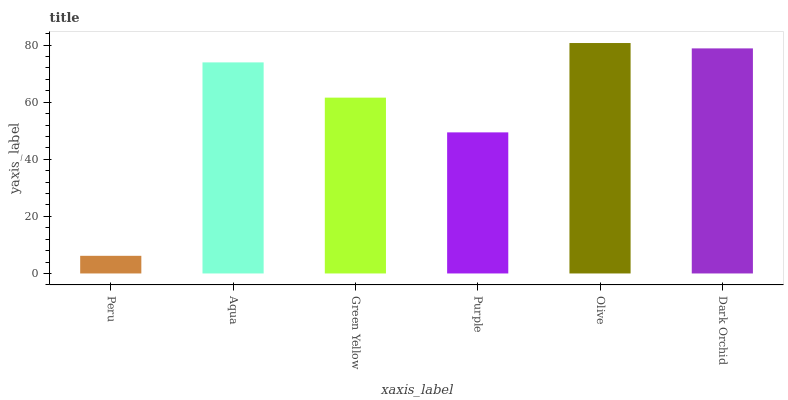
| xaxis_label | bars |
 | --- | --- |
 | Peru | 6.18 |
 | Aqua | 73.9 |
 | Green Yellow | 61.6 |
 | Purple | 49.4 |
 | Olive | 80.7 |
 | Dark Orchid | 78.8 |